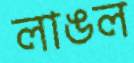
লাঙল